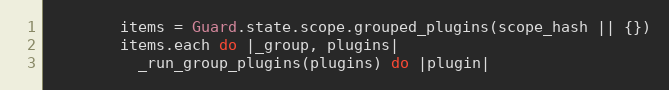
Language: Ruby
        items = Guard.state.scope.grouped_plugins(scope_hash || {})
        items.each do |_group, plugins|
          _run_group_plugins(plugins) do |plugin|